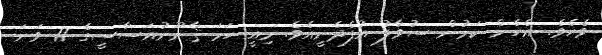
ވެހެވެ. އެހެން ކަމުން ސުވާލު އުފެދެނީއެވެ. މިއީ ހަމަ ޤާނޫނުއަސާސީގެ 17 ވަނަ